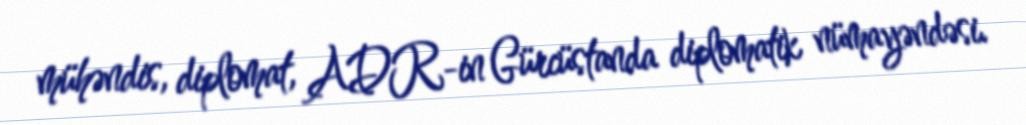
mühəndis, diplomat, ADR-in Gürcüstanda diplomatik nümayəndəsi.